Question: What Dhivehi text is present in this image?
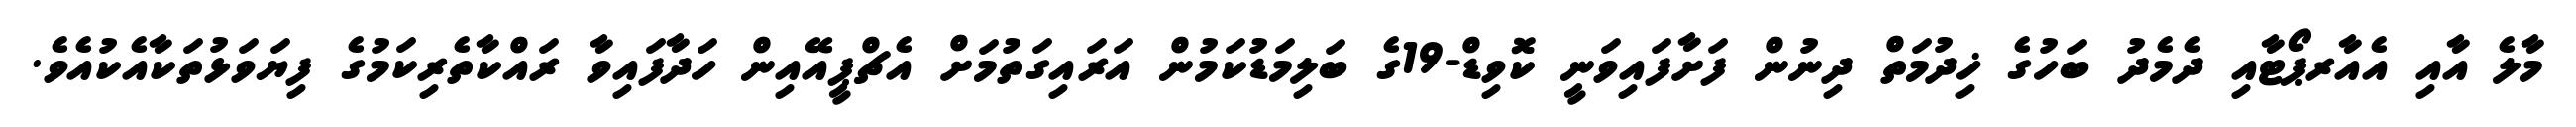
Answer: މާލެ އާއި އެއާރޕޯޓާއި ދެމެދު ބަހުގެ ޚިދުމަތް ދިނުން ފަށާފައިވަނީ ކޮވިޑް-19ގެ ބަލިމަޑުކަމުން އަރައިގަތުމަށް އެޗްޕީއޭއިން ހަދާފައިވާ ރައްކާތެރިކަމުގެ ފިޔަވަޅުތަކާއެކުއެވެ.